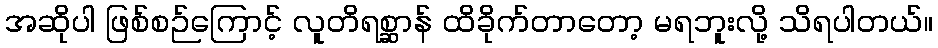
အဆိုပါ ဖြစ်စဉ်ကြောင့် လူတိရစ္ဆာန် ထိခိုက်တာတော့ မရဘူးလို့ သိရပါတယ်။